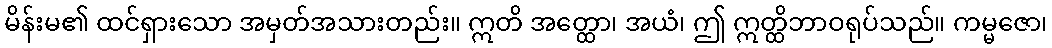
မိန်းမ၏ ထင်ရှားသော အမှတ်အသားတည်း။ ဣတိ အတ္ထော၊ အယံ၊ ဤ ဣတ္ထိဘာဝရုပ်သည်။ ကမ္မဇော၊